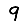
Digit: 9